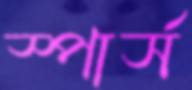
স্পার্স